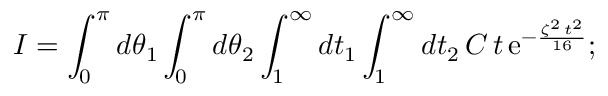
I = \int _ { 0 } ^ { \pi } d \theta _ { 1 } \int _ { 0 } ^ { \pi } d \theta _ { 2 } \int _ { 1 } ^ { \infty } d t _ { 1 } \int _ { 1 } ^ { \infty } d t _ { 2 } \, C \, t \, \mathrm { e } ^ { - \frac { \zeta ^ { 2 } \, t ^ { 2 } } { 1 6 } } ;